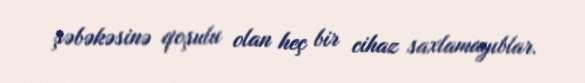
şəbəkəsinə qoşulu olan heç bir cihaz saxlamayıblar.